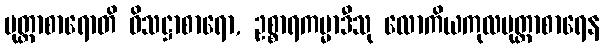
မုတ္တာစာရောတိ ဝိသဋ္ဌာစာရော, ဥစ္စာရကမ္မာဒီသု လောကိယကုလပုတ္တာစာရေန